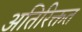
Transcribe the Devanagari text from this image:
अतिरिक्तत